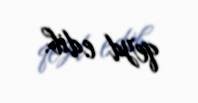
qeyd edib.